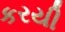
કરયી